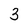
Character: 3